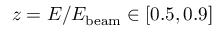
z = E / E _ { \mathrm { b e a m } } \in [ 0 . 5 , 0 . 9 ]